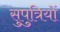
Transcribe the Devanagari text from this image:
सुपुत्रियों